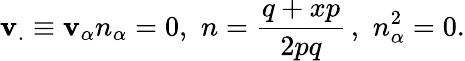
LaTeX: \mathbf{v}_{.}\equiv\mathbf{v}_{\alpha}n_{\alpha}=0,\, \, n=\frac{{q+xp}}{{2pq}}\, ,\, \, n_{\alpha}^{2}=0.